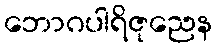
ဘောဂပါရိဇုညေန